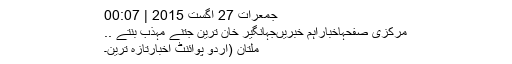
جمعرات 27 اگست 2015 | 00:07
مرکزی صفحہاخباراہم خبریںجہانگیر خان ترین جتنے مہذب بنتے ..
ملتان (اُردو پوائنٹ اخبارتازہ ترین۔